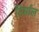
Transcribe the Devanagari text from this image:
निर्माल